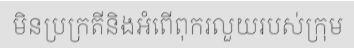
មិនប្រក្រតីនិងអំពើពុករលួយរបស់ក្រុម